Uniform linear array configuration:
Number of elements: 64
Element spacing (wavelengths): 0.25
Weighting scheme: exponential
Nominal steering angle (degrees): -45
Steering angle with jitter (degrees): -46.008
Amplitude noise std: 0.05
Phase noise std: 0.05

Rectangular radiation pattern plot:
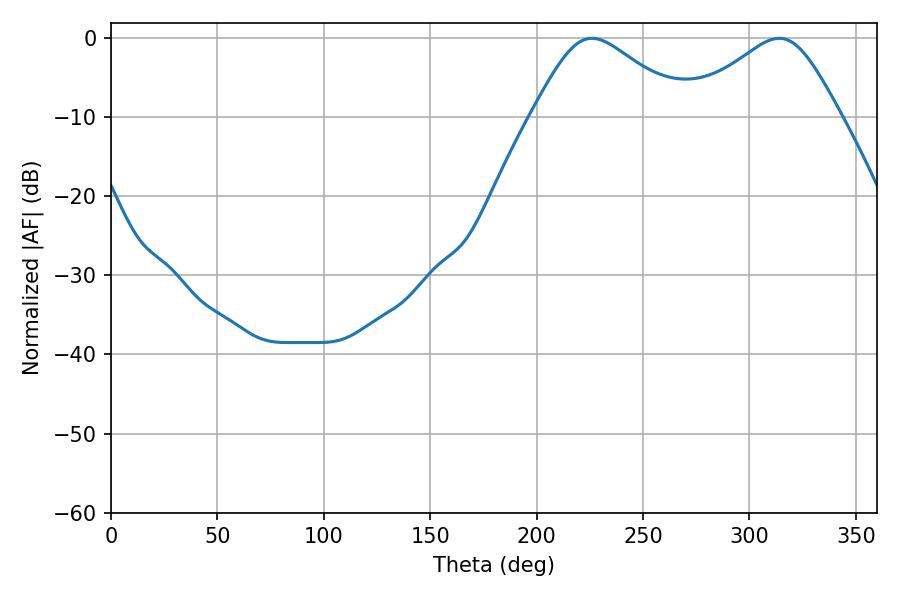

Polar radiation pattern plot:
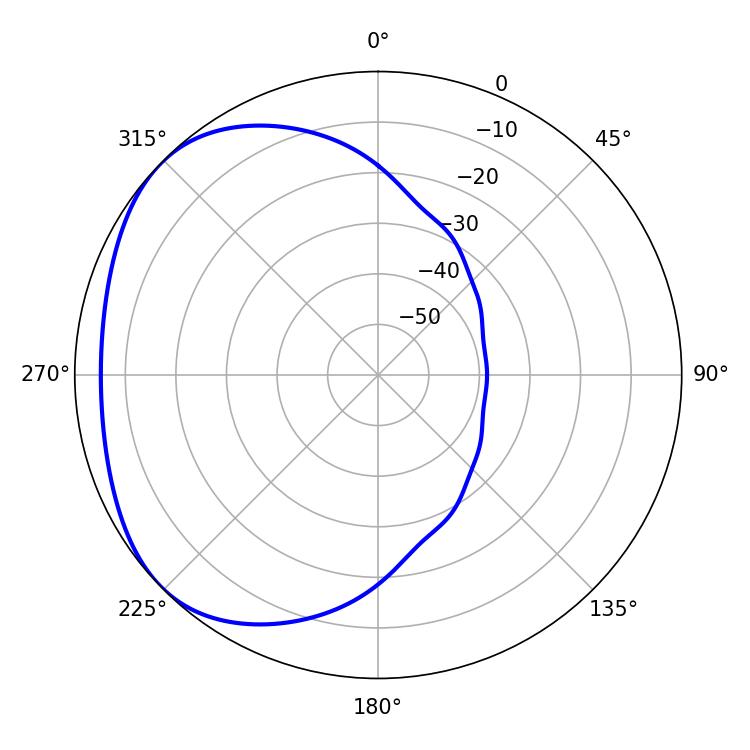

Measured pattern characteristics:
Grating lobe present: FALSE
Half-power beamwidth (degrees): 35.82
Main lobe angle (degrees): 226.08